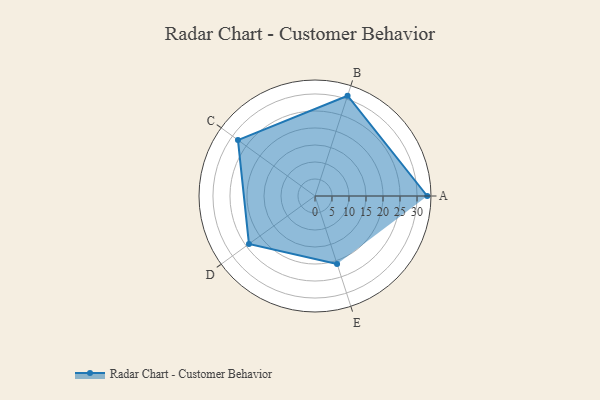
{"axis": {"x": "Skill", "y": "Score"}, "legend": ["Profile"], "data": [{"x": "A", "y": 33.0, "type": "Profile"}, {"x": "B", "y": 31.0, "type": "Profile"}, {"x": "C", "y": 28.0, "type": "Profile"}, {"x": "D", "y": 24.0, "type": "Profile"}, {"x": "E", "y": 21.0, "type": "Profile"}]}